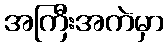
အကြီးအကဲမှာ